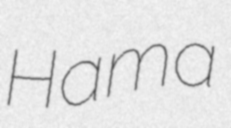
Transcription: Hama